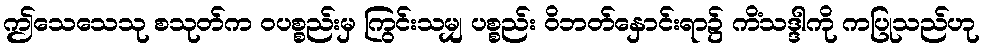
ဤသေသေသု စသုတ်က ဝပစ္စည်းမှ ကြွင်းသမျှ ပစ္စည်း ဝိဘတ်နှောင်းရာ၌ ကိံသဒ္ဒါကို ကပြုသည်ဟု